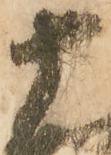
十